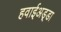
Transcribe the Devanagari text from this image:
हवाईअड़्डा